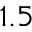
1 . 5